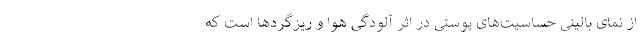
از نمای بالینی حساسیت‌های پوستی در اثر آلودگی هوا و ریزگردها است که